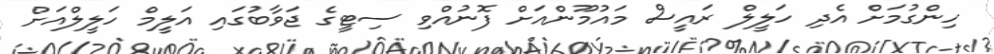
ހިންގުމަށް އެދި ހަލީލް ރައީސް މައުމޫންއަށް ފޮނުއްވި ސިޓީގެ ޖަވާބުގައި އަލީމް ހަލީލްއަށް